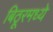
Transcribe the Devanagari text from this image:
बिठूरमध्ये